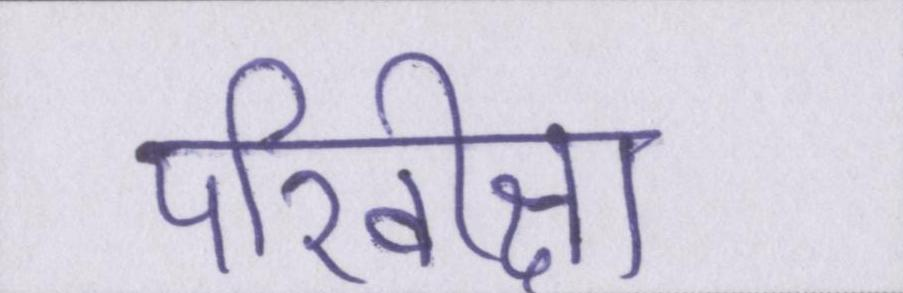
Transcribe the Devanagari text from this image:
परिवीक्षा